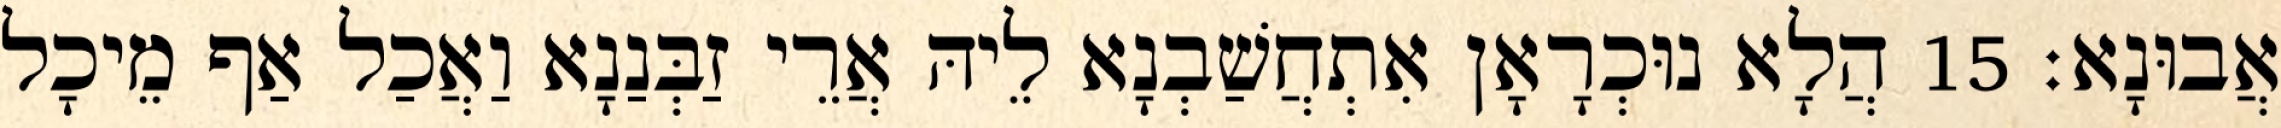
אֲבוּנָא׃ 15 הֲלָא נוּכְרָאָן אִתְחֲשַׁבְנָא לֵיהּ אֲרֵי זַבְּנַנָא וַאֲכַל אַף מֵיכָל